Report on horse surra - Volume II, Part II
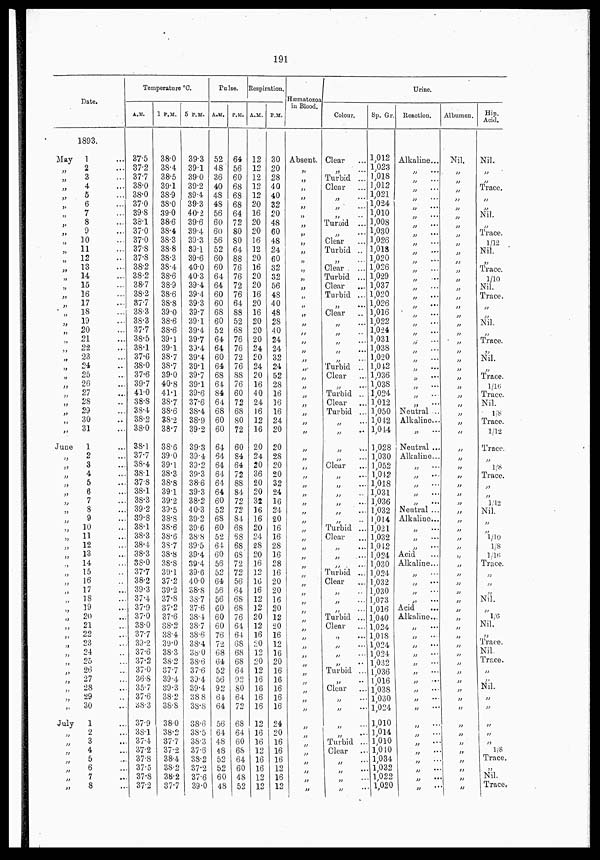
191
Date.
1893.
May
„
„
„
„
„
„
„
„
„
„
„
„
„
„
„
„
„
„
„
„
„
„
„
„
„
„
„
„
„
„
June
„
„
„
„
„
„
„
„
„
„
„
„
„
„
„
„
„
„
„
„
„
„
„
„
„
„
„
„
„
July
„
„
„
„
„
„
„
1 ...
2 ...
3 ...
4 ...
5 ...
6 ...
7 ...
8 ...
9 ...
10 ...
11 ...
12 ...
13 ...
14 ...
15 ...
16 ...
17 ...
18 ...
19 ...
20 ...
21 ...
22 ...
23 ...
24 ...
25 ...
26 ...
27 ...
28 ...
29 ...
30 ...
31 ...
1 ...
2 ...
3 ...
4 ...
5 ...
6 ...
7 ...
8 ...
9 ...
10 ...
11 ...
12 ...
13 ...
14 ...
15 ...
16 ...
17 ...
18 ...
19 ...
20 ...
21 ...
22 ...
23 ...
24 ...
25 ...
26 ...
27 ...
28 ...
29 ...
30 ...
1 ...
2 ...
3 ...
4 ...
5 ...
6 ...
7 ...
8 ...
Temperature °C.
A.M.
37.5
37.2
37.7
38.0
38.0
37.0
39.8
38.1
37.0
37.0
37.8
37.8
38.2
38.2
38.7
38.2
37.7
38.3
38.3
37.7
38.5
38.1
37.6
38.0
37.6
39.7
41.0
38.8
38.4
38.2
38.0
38.1
37.7
38.4
38.1
37.8
38.1
38.3
39.2
39.8
38.1
38.3
38.4
38.3
38.0
37.7
38.2
39.3
37.4
37.9
37.0
38.0
37.7
39.2
37.6
37.2
37.0
36.8
35.7
37.6
38.3
37.9
38.1
37.4
37.2
37.8
37.5
37.8
37.2
1 P.M.
38.0
38.4
38.5
39.1
38.9
38.0
39.0
38.6
38.4
38.3
38.8
38.3
38.4
38.6
38.9
38.6
38.8
39.0
38.6
38.6
39.1
39.1
38.7
38.7
39.0
40.8
41.1
38.7
38.6
38.2
38.7
38.6
39.0
39.1
38.3
38.8
39.1
39.2
39.5
38.8
38.6
38.6
38.7
38.8
38.8
39.1
37.2
39.2
37.8
37.2
37.6
38.2
38.4
39.0
38.3
38.2
37.7
39.4
39.3
38.2
38.8
38.0
38.2
37.7
37.2
38.4
38.2
38.2
37.7
5 P.M.
39.3
39.1
39.0
39.2
39.4
39.3
40.2
39.6
39.4
39.3
39.1
39.6
40.0
40.3
39.4
39.4
39.3
39.7
39.1
39.4
39.7
39.4
39.4
39.1
39.7
39.1
39.6
37.6
38.4
38.9
39.2
39.3
39.4
39.2
39.3
38.6
39.3
38.2
40.3
39.2
39.6
38.8
39.5
39.4
39.4
39.6
40.0
38.8
38.7
37.6
38.4
38.7
38.6
38.4
38.0
38.6
37.6
39.4
39.4
38.8
38.8
38.6
38.5
38.3
37.6
38.2
37.2
37.6
39.0
Pulse.
A.M.
52
48
36
40
48
48
56
60
60
56
52
60
60
64
64
60
60
68
60
52
64
64
60
64
68
64
84
64
68
60
60
64
64
64
64
64
64
60
52
68
60
52
64
60
56
52
64
56
56
60
60
60
76
72
68
64
52
56
92
64
64
56
64
48
48
52
52
60
48
P.M.
64
56
60
68
68
68
64
72
80
80
64
88
76
76
72
76
64
88
52
68
76
76
72
76
88
76
60
72
68
80
72
60
84
64
72
88
84
72
72
84
68
68
68
68
72
72
56
64
68
68
76
64
64
68
68
68
64
92
80
64
72
68
64
60
68
64
60
48
52
Respiration.
A.M.
12
12
12
12
12
20
16
20
20
16
12
20
16
20
20
16
20
16
20
20
20
24
20
24
20
16
40
24
16
12
16
20
24
20
36
20
20
32
16
16
20
24
28
20
16
12
10
16
12
12
20
12
16
20
12
20
12
16
16
16
16
12
16
16
12
16
16
12
12
P.M.
30
20
28
40
40
32
20
48
60
48
24
60
32
32
56
48
40
48
28
40
24
24
32
24
52
28
16
16
16
24
20
20
28
20
20
32
24
16
24
20
16
16
28
16
28
16
20
20
16
20
12
20
16
12
16
20
16
16
16
16
16
24
20
16
16
16
12
16
12
Hæmatozoa
in Blood.
Absent.
„
„
„
„
„
„
„
„
„
„
„
„
„
„
„
„
„
„
„
„
„
„
„
„
„
„
„
„
„
„
„
„
„
„
„
„
„
„
„
„
„
„
„
„
„
„
„
„
„
„
„
„
„
„
„
„
„
„
„
„
„
„
„
„
„
„
Urine.
Colour.
Clear
...
„
...
Turbid ...
Clear
...
„ ...
„
...
„
Turbid ...
„ ...
Clear
Turbid ..
„
Clear . ...
Turbid ...
Clear
Turbid ...
„ ...
Clear
„
...
„
...
„
...
„
...
„
...
Turbid ...
Clear
...
„
...
Turbid ...
Clear
Turbid ...
„
...
„
„
...
„
...
Clear
...
„
...
„ ...
„
„
...
„ ...
„
Turbid ...
Clear
„
...
„
...
„
...
Turbid ...
Clear
„
„
...
„
...
Turbid ...
Clear
...
„ ...
„
...
„
...
„
...
Turbid ...
„
Clear
„
...
„
...
„
„
...
Turbid ...
Clear
„
...
„
...
„
...
„
...
Sp. Gr.
1,012
1,023
1,018
1,012
1,021
1,024
1,010
1,008
1,030
1,026
1,018
1,020
1,026
1,029
1,037
1,020
1,026
1,016
1,022
1,024
1,031
1,038
1,020
1,042
1,036
1,038
1,024
1,012
1,050
1,042
1,014
1,028
1,030
1,052
1,042
1,018
1,031
1,036
1,032
1,014
1,021
1,032
1,042
1,024
1,030
1,024
1,032
1,030
1,073
1,016
1,040
1,024
1,018
1,024
1,024
1,032
1,036
1,016
1,038
1,030
1,024
1,010
1,014
1,010
1,040
1,034
1,032
1,022
1,020
Reaction.
Alkaline...
...
„ ...
„ ...
„ ...
„ ...
„ ...
...
„ ...
„ ...
„ ...
„
...
„ ...
„
„
„ ...
„
„
„
„
„
„
„
„
„
„ ...
„ ...
„ ...
Neutral ...
Alkaline....
„
Neutral ...
Alkaline...
„ ...
„
...
„
...
„
...
„
...
Neutral ...
Alkaline...
„
...
„
...
„
...
Acid
Alkaline...
„
...
„
...
„
...
„ ...
Acid
...
Alkaline...
„
...
„
...
„
....
„
....
„
...
„
...
„
...
„
....
„
...
„ ...
„
...
„
„
...
„
...
„
„
...
„
...
„ ...
Albumen.
Nil.
„
„
„
„
„
„
„
„
„
„
„
„
„
„
„
„
„
„
„
„
„
„
„
„
„
„
„
„
„
„
„
„
„
„
„
„
„
„
„
„
„
„
„
„
„
„
„
„
„
„
„
„
„
„
„
„
„
„
„
„
„
„
„
„
„
„
„
„
„
Hip.
Acid.
Nil.
„
„
Trace.
„
„
Nil.
„
Trace.
1/12
Nil.
„
Trace.
1/10
Nil.
Trace.
„
„
Nil.
„
Trace.
„
Nil.
„
Trace.
1/16
Trace.
Nil.
⅛
Trace.
1/12
Trace.
„
⅛
Trace.
„
„
1/12
Nil.
„
„
1/10
⅛
1/16
Trace.
„
„
„
Nil.
„
1/6
Nil.
„
„
Trace.
Nil. „
Trace.
„
Nil.
„
„
„
„
„
„
⅛
Trace.
„
Nil.
Trace.